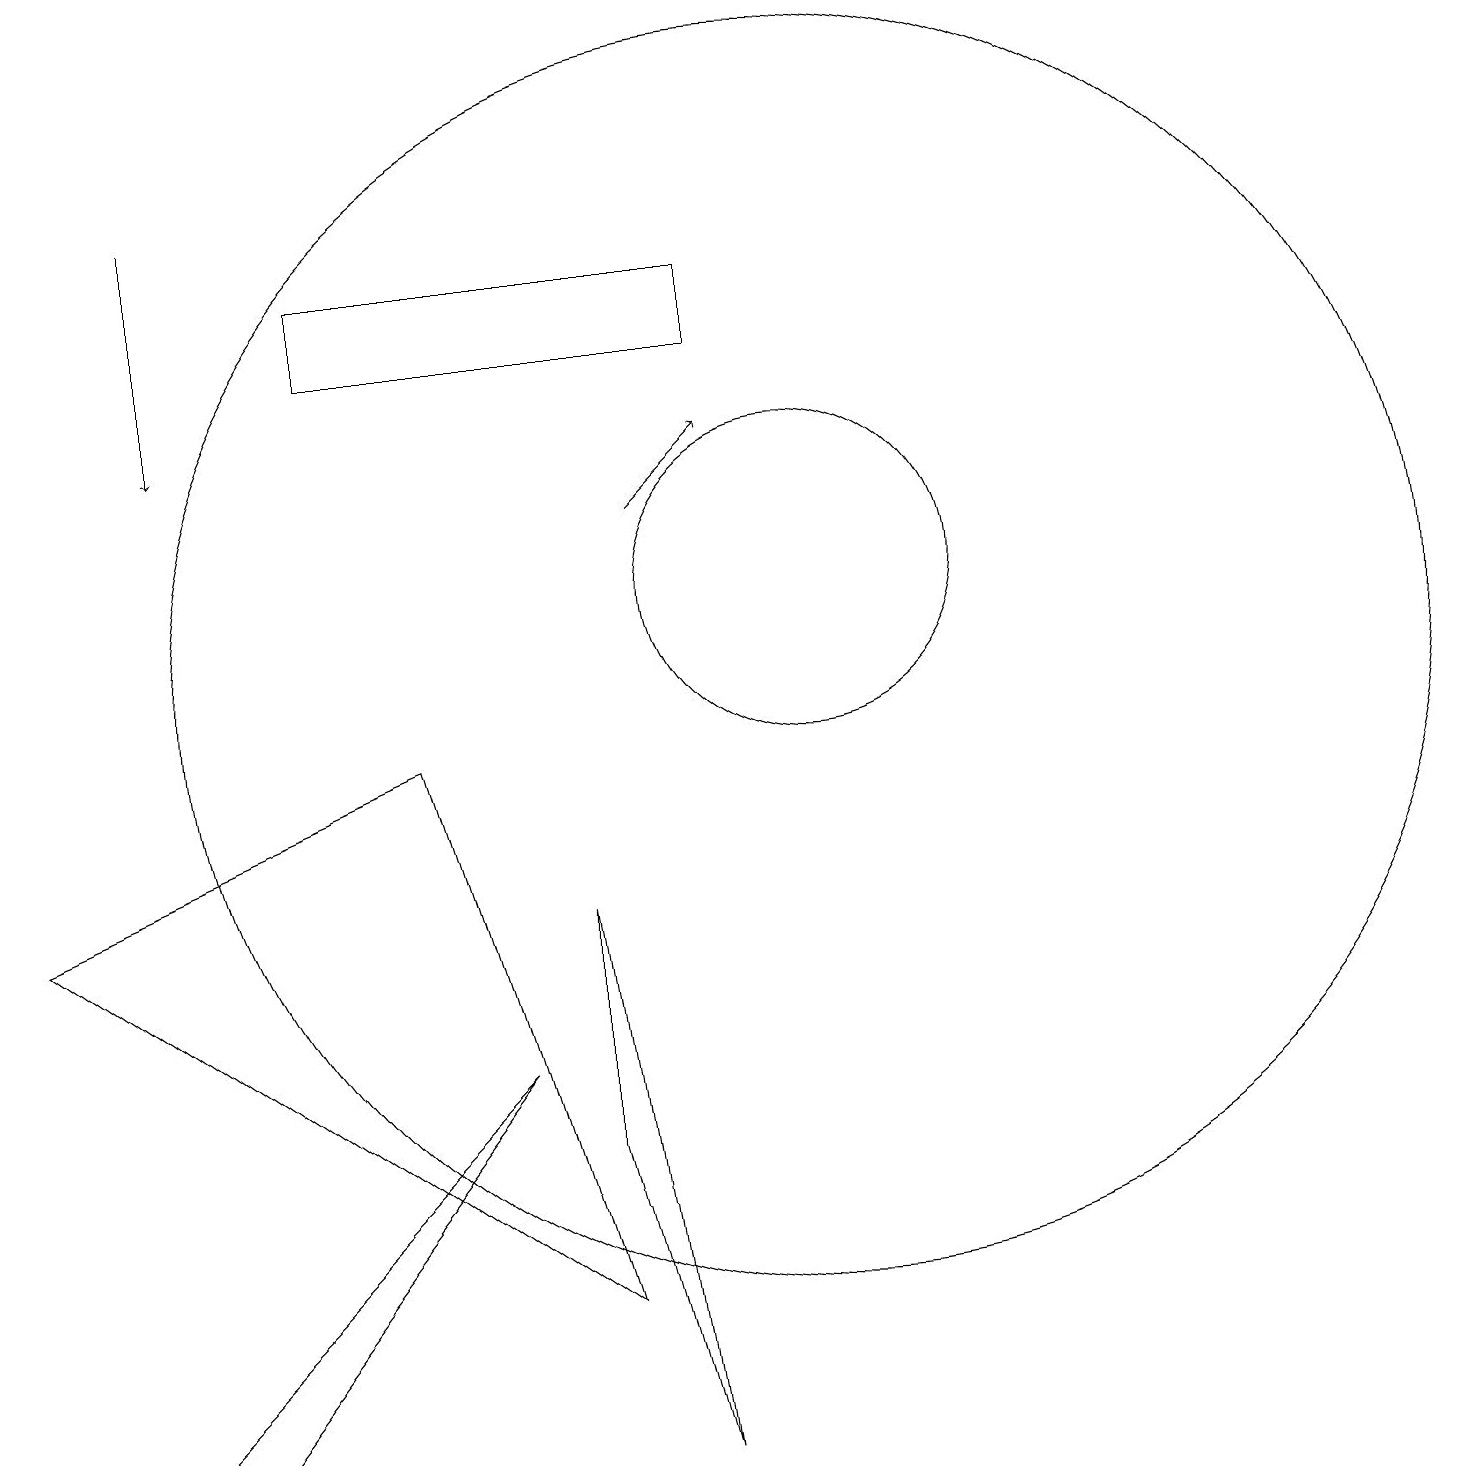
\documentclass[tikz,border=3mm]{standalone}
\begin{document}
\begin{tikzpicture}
\draw (9,14) rectangle (4,15);
\draw (10,10) circle (8);
\draw (6,5) -- (2,0) -- (1,0) -- cycle;
\draw[->] (8,12) -- (9,13);
\draw (8,0) -- (7,4) -- (7,7) -- cycle;
\draw (10,11) circle (2);
\draw[->] (2,16) -- (2,13);
\draw (7,2) -- (5,9) -- (0,7) -- cycle;
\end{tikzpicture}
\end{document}